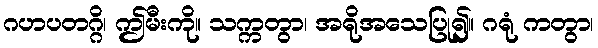
ဂဟပတဂ္ဂိ၊ ဤမီးကို။ သက္ကတွာ၊ အရိုအသေပြု၍။ ဂရုံ ကတွာ၊